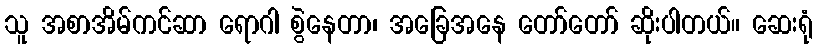
သူ အစာအိမ်ကင်ဆာ ရောဂါ စွဲနေတာ၊ အခြေအနေ တော်တော် ဆိုးပါတယ်။ ဆေးရုံ